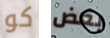
كو بعض